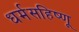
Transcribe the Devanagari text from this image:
धर्मसहिष्णू